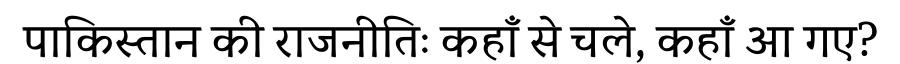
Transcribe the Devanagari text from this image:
पाकिस्तान की राजनीतिः कहाँ से चले, कहाँ आ गए?